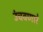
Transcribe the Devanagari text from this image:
उंचवणारे